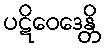
ပဋိဝေဒေန္တိ